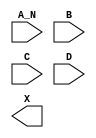
module sky130_fd_sc_ms__and4b (
    //# {{data|Data Signals}}
    input  A_N,
    input  B  ,
    input  C  ,
    input  D  ,
    output X
);

    // Voltage supply signals
    supply1 VPWR;
    supply0 VGND;
    supply1 VPB ;
    supply0 VNB ;

endmodule